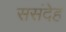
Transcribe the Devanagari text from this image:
ससंदेह